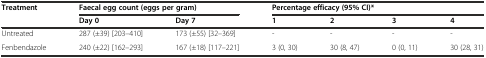
| <ROWSPAN=2> Treatment | <COLSPAN=2> Faecal egg count (eggs per gram) | <COLSPAN=4> Percentage efficacy (95% CI)* |
 | Day 0 | Day 7 | 1 | 2 | 3 | 4 |
 | --- | --- | --- | --- | --- | --- | --- |
 | Untreated | 287 (±39) [203–410] | 173 (±55) [32–369] | - | - | - | - |
 | Fenbendazole | 240 (±22) [162–293] | 167 (±18) [117–221] | 3 (0, 30) | 30 (8, 47) | 0 (0, 11) | 30 (28, 31) |